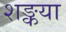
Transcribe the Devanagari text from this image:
शङ्कया